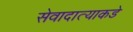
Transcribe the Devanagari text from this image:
सेवादात्याकडे